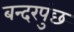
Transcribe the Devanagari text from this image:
बन्दरपुंछ